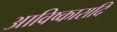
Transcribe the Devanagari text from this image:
आविष्कारादि